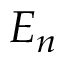
E _ { n }